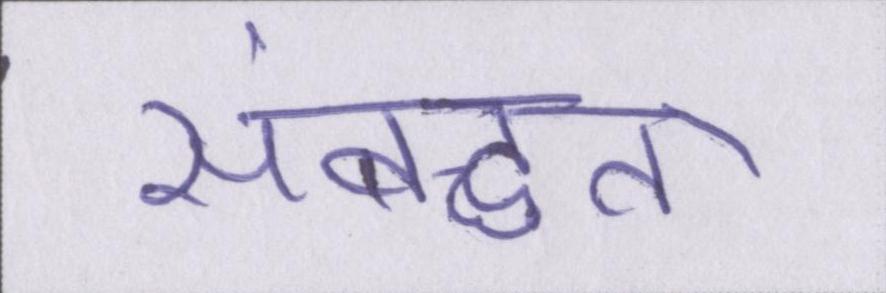
संबद्धता